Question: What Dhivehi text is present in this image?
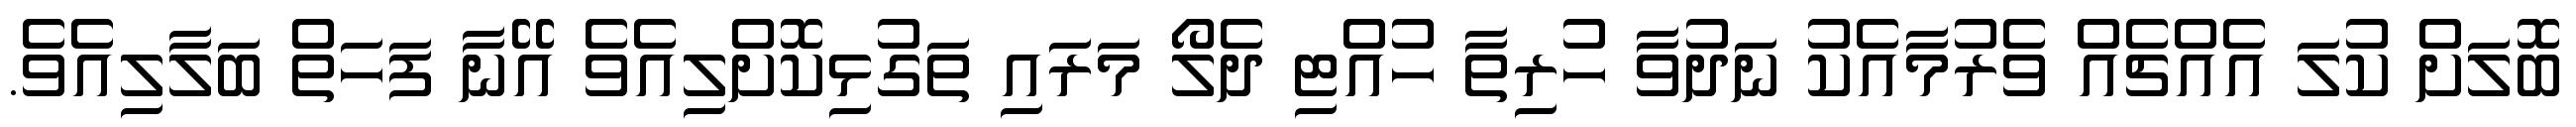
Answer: ބޮލަށް ކުލަ އެއްޗެއް ވެރުމާއެކު ނަދުވާ ހުރިތާ ހުއްޓި ދެލޯ މަރައި ތަގުޅިކޮށްލިއެވެ އޭނާ ފަހަތް ބަލާލިއެވެ.